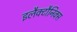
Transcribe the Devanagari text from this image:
इलैक्टौनिक्स